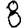
Digit: 8